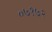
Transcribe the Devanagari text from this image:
०७१७२